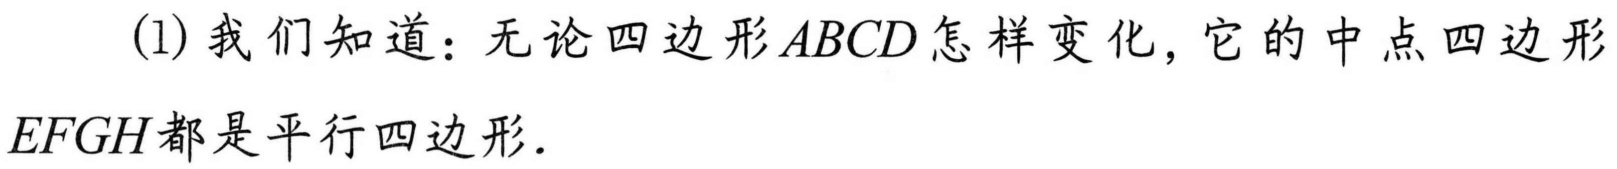
(1) 我们知道：无论四边形 \(ABCD\) 怎样变化，它的中点四边形 \(EFGH\)都是平行四边形.